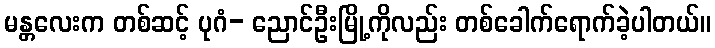
မန္တလေးက တစ်ဆင့် ပုဂံ- ညောင်ဦးမြို့ကိုလည်း တစ်ခေါက်ရောက်ခဲ့ပါတယ်။